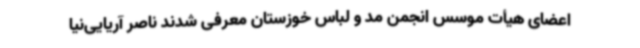
اعضای هیأت موسس انجمن مد و لباس خوزستان معرفی شدند ناصر آریایی‌نیا